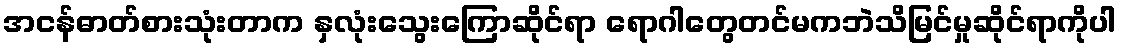
အငန်ဓာတ်စားသုံးတာက နှလုံးသွေးကြောဆိုင်ရာ ရောဂါတွေတင်မကဘဲသိမြင်မှုဆိုင်ရာကိုပါ